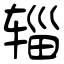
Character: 辎